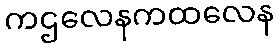
ကဌလေနကထလေန